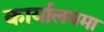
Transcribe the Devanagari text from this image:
कार्यालयमा